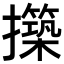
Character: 𭣊